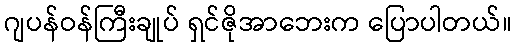
ဂျပန်ဝန်ကြီးချုပ် ရှင်ဇိုအာဘေးက ပြောပါတယ်။